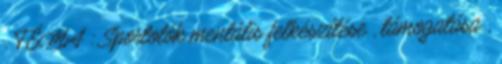
. TÉMA : Sportolók mentális felkészítése , támogatása ,